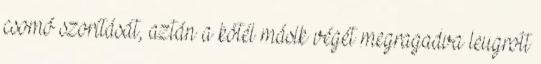
csomó szorítását, aztán a kötél másik végét megragadva leugrott